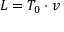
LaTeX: L = T _ { 0 } \cdot v